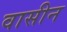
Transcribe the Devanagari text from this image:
वासीन